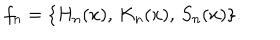
f _ { n } = \{ H _ { n } ( x ) , \, K _ { n } ( x ) , \, S _ { n } ( x ) \} .